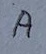
Text: A